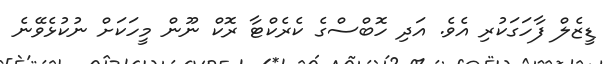
ޑީޒެލް ފާހަގަކުރި އެވެ. އަދި ހޮބްސްގެ ކެރެކްޓާ ރޮކް ނޫން މީހަކަށް ނުކުޅެވޭނެ